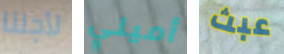
لأجلنا أميلي عبث